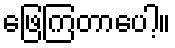
ဖြေကြတာပေါ့။